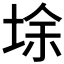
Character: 𡌘